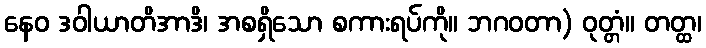
နေဝ ဒဝါယာတိအာဒိ၊ အစရှိသော စကားရပ်ကို။ ဘဂဝတာ) ဝုတ္တံ။ တတ္ထ၊